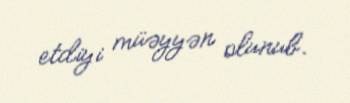
etdiyi müəyyən olunub.